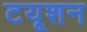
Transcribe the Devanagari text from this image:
टयूशन